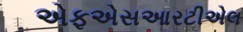
એફએસઆરટીએલ